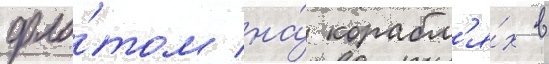
фло́том на́ корабл'я́х в